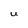
Character: U